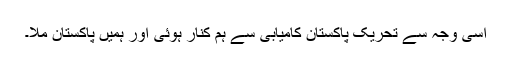
اسی وجہ سے تحریکِ پاکستان کامیابی سے ہم کنار ہوئی اور ہمیں پاکستان ملا۔